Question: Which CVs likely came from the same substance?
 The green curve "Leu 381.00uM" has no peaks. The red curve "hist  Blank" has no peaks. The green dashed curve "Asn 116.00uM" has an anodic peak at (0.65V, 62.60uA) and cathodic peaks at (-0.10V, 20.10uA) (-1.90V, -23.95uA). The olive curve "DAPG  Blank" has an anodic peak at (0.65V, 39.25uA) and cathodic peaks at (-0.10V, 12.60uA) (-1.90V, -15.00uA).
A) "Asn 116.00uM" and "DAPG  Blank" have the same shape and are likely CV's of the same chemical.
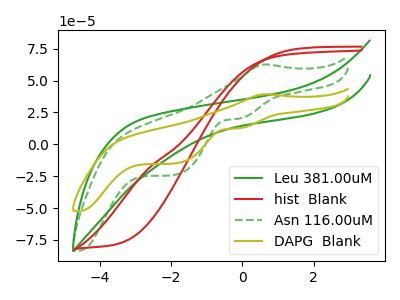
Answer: <think>Neither "Leu 381.00uM" or "hist  Blank" have any peaks. "Leu 381.00uM" and "Asn 116.00uM" have a different number of peaks. "Leu 381.00uM" and "DAPG  Blank" have a different number of peaks. "hist  Blank" and "Asn 116.00uM" have a different number of peaks. "hist  Blank" and "DAPG  Blank" have a different number of peaks. All the peaks in "Asn 116.00uM" have a peak in "DAPG  Blank" at the same potential.
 </think>
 <answer>A) "Asn 116.00uM" and "DAPG  Blank" have the same shape and are likely CV's of the same chemical.</answer>
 <eval>A</eval>